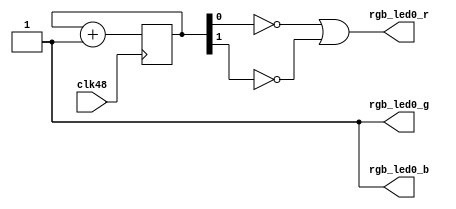
/* Copyright 2020 Gregory Davill <greg.davill@gmail.com> */
`default_nettype none

/*
 *  Blink a LED on the OrangeCrab using verilog
 */

module top (
    input clk48,
    output rgb_led0_r,
    output rgb_led0_g,
    output rgb_led0_b
);
    // Create a 28 bit register
    reg [27:0] counter = 0;

    // Every positive edge increment register by 1
    always @(posedge clk48) begin
        counter <= counter + 1;
    end

    // Output inverted values of counter onto LEDs
    //assign rgb_led0_r = ~counter[24];
    assign rgb_led0_r = ~counter[0] | ~counter[1];
    assign rgb_led0_g = 1;
    assign rgb_led0_b = 1;


endmodule